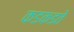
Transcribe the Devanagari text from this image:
कडकडते